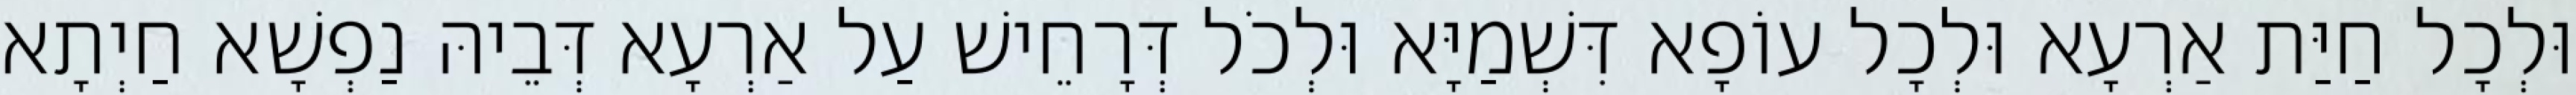
וּלְכָל חַיַּת אַרְעָא וּלְכָל עוֹפָא דִּשְׁמַיָּא וּלְכֹל דְּרָחֵישׁ עַל אַרְעָא דְּבֵיהּ נַפְשָׁא חַיְתָא